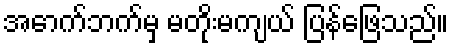
အောက်ဘက်မှ မတိုးမကျယ် ပြန်ဖြေသည်။